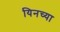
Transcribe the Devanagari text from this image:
यिनच्या